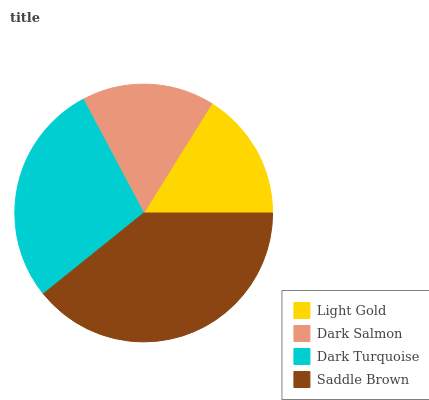
| Light Gold | Dark Salmon | Dark Turquoise | Saddle Brown |
 | --- | --- | --- | --- |
 | 16.1% | 16.7% | 28% | 39.2% |